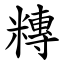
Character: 䊜